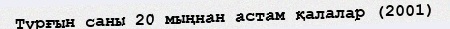
Тұрғын саны 20 мыңнан астам қалалар (2001)